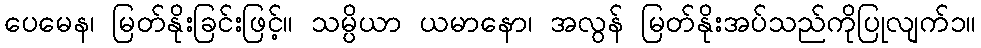
ပေမေန၊ မြတ်နိုးခြင်းဖြင့်။ သမ္ပိယာ ယမာနော၊ အလွန် မြတ်နိုးအပ်သည်ကိုပြုလျက်၁။